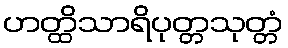
ဟတ္ထိသာရိပုတ္တသုတ္တံ